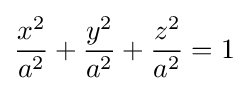
{x^{2} \over a^{2}}+{y^{2} \over a^{2}}+{z^{2} \over a^{2}}=1